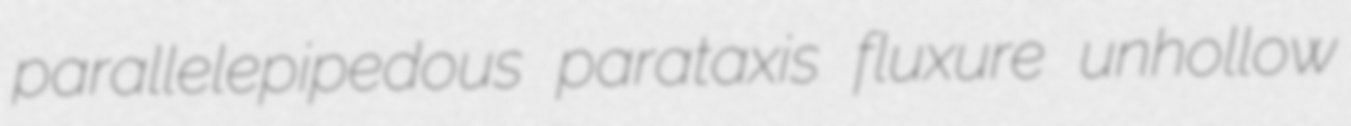
parallelepipedous parataxis fluxure unhollow